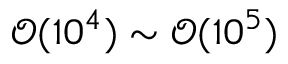
\mathcal { O } ( 1 0 ^ { 4 } ) \sim \mathcal { O } ( 1 0 ^ { 5 } )